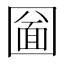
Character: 圙